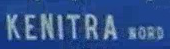
KENITRA-NORD